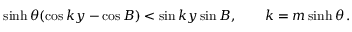
\sinh \theta ( \cos k y - \cos B ) < \sin k y \sin B , \qquad k = m \sinh \theta \, .